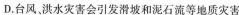
D.台风、洪水灾害会引发滑坡和泥石流等地质灾害